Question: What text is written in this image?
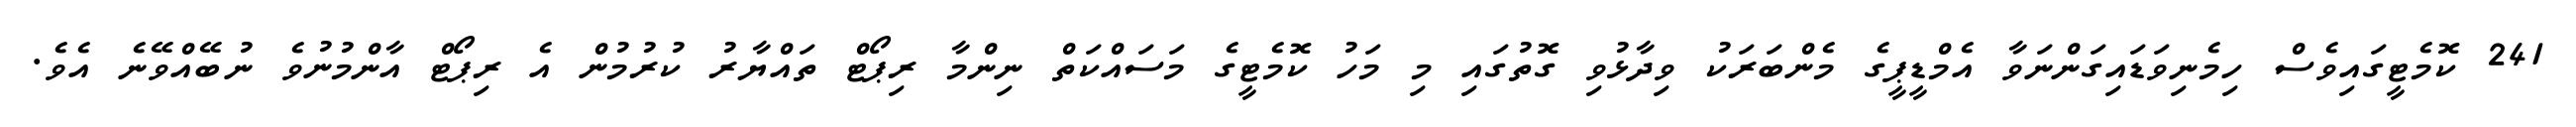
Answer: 241 ކޮމެޓީގައިވެސް ހިމެނިވަޑައިގަންނަވާ އެމްޑީޕީގެ މެންބަރަކު ވިދާޅުވި ގޮތުގައި މި މަހު ކޮމެޓީގެ މަސައްކަތް ނިންމާ ރިޕޯޓް ތައްޔާރު ކުރުމުން އެ ރިޕޯޓް އާންމުނުވެ ނުބޭއްވޭނެ އެވެ.